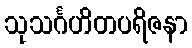
သုသင်္ဂဟိတပရိဇနာ